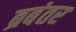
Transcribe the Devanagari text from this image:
ब्रबंतर